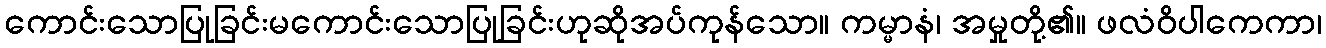
ကောင်းသောပြုခြင်းမကောင်းသောပြုခြင်းဟုဆိုအပ်ကုန်သော။ ကမ္မာနံ၊ အမှုတို့၏။ ဖလံဝိပါကေကာ၊